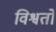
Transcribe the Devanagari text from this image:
विश्वतो